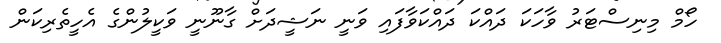
ހޯމް މިނިސްޓަރު ވާހަކަ ދައްކަ ދައްކަވާފައި ވަނީ ނަޝީދަށް ގާނޫނީ ވަކީލުންގެ އެހީތެރިކަން